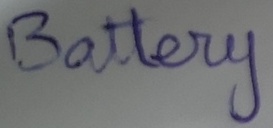
Text: Battery